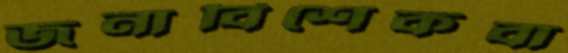
জনাবিশেকবা